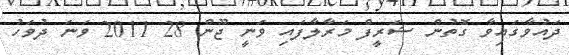
ދައުވާގައިވާ ގޮތުން ޝަރީފް މަރާލާފައި ވަނީ ޖޫން 28 2011 ވަނަ ދުވަހު